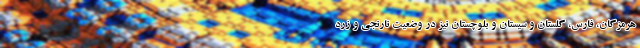
هرمزگان، فارس، گلستان و سیستان و بلوچستان نیز در وضعیت نارنجی و زرد